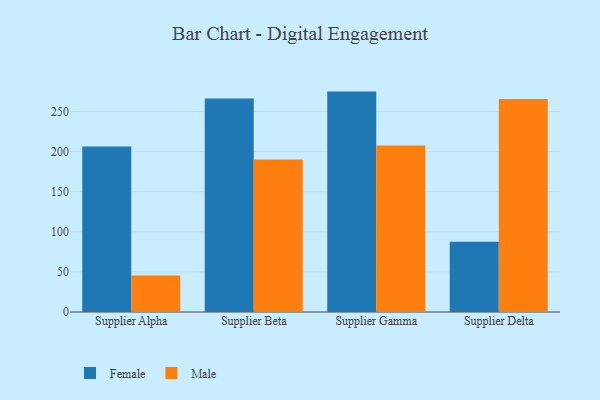
{"axis": {"x": "Supplier", "y": "Backlog"}, "legend": ["Female", "Male"], "data": [{"x": "Supplier Alpha", "y": 206.5, "type": "Female"}, {"x": "Supplier Alpha", "y": 45.4, "type": "Male"}, {"x": "Supplier Beta", "y": 266.1, "type": "Female"}, {"x": "Supplier Beta", "y": 190.1, "type": "Male"}, {"x": "Supplier Gamma", "y": 274.8, "type": "Female"}, {"x": "Supplier Gamma", "y": 207.6, "type": "Male"}, {"x": "Supplier Delta", "y": 87.7, "type": "Female"}, {"x": "Supplier Delta", "y": 265.5, "type": "Male"}]}